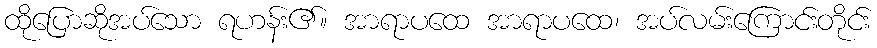
ထိုပြောဆိုအပ်သော ရဟန်း၏။ အာရာပထေ အာရာပထေ၊ အပ်လမ်းကြောင်းတိုင်း